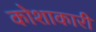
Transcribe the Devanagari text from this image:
कोशाकारी